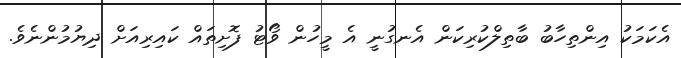
އެކަމަކު އިންތިހާބު ބާތިލްކުރިކަން އެނގުނީ އެ މީހުން ވޯޓު ފޮށިތައް ކައިރިއަށް ދިޔުމުންނެވެ.